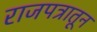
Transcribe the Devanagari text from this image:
राजपत्रातून